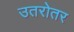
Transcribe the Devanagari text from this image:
उतरोतर